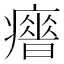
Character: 𤻣